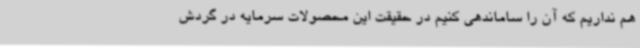
هم نداریم که آن را ساماندهی کنیم در حقیقت این محصولات سرمایه در گردش